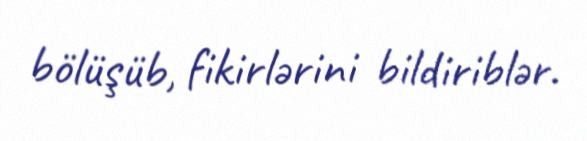
bölüşüb, fikirlərini bildiriblər.